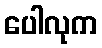
ပေါလုက